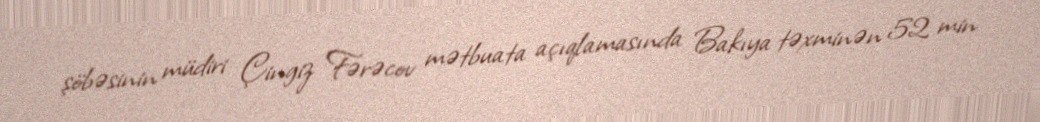
şöbəsinin müdiri Çingiz Fərəcov mətbuata açıqlamasında Bakıya təxminən 52 min